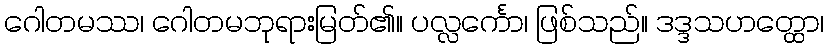
ဂေါတမဿ၊ ဂေါတမဘုရားမြတ်၏။ ပလ္လင်္ကော၊ ဖြစ်သည်။ ဒဒ္ဒသဟတ္ထော၊